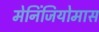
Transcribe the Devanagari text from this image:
मेनिंजियोमास